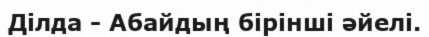
Ділда - Абайдың бірінші әйелі.